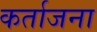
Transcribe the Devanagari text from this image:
कर्ताजना